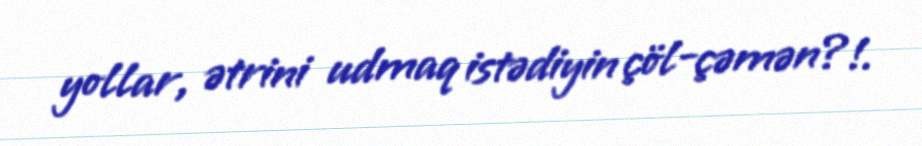
yollar, ətrini udmaq istədiyin çöl-çəmən?!.